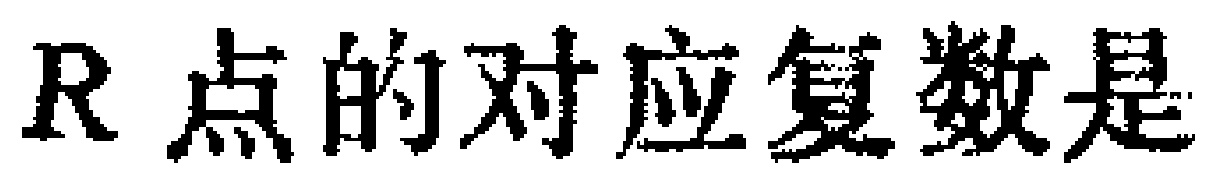
$R\text{ 点的对应复数是}$